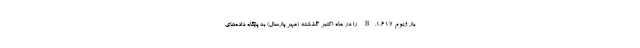
بار ژنوم B.۱.۶۱۷ را در ماه اکتبر گذشته (مهر پارسال) به پایگاه داده‌های